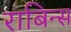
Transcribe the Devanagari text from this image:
राबिन्स